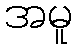
အမူ